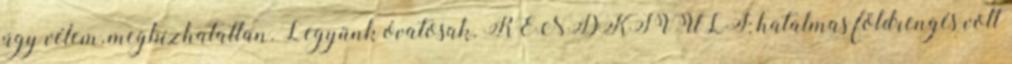
úgy vélem, megbízhatatlan. Legyünk óvatosak. RENDKÍVÜLI: hatalmas földrengés volt